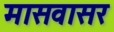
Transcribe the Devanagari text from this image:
मासवासर